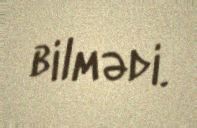
bilmədi.